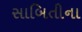
સાબિતીના